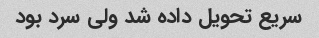
سریع تحویل داده شد ولی سرد بود